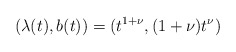
\begin{align*} (\lambda(t), b(t)) = (t^{1+\nu}, (1+\nu)t^\nu)\end{align*}